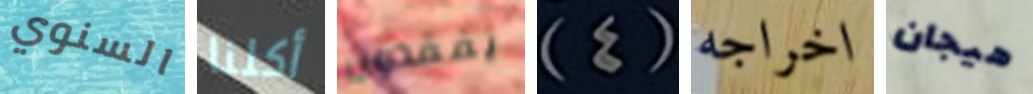
السنوي أكلنا يفقدون (4) اخراجه هيجان